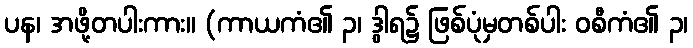
ပန၊ အဖို့တပါးကား။ (ကာယကံ၏ ၃၊ ဒွါရ၌ ဖြစ်ပုံမှတစ်ပါး ဝစီကံ၏ ၃၊